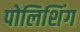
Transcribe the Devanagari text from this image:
पोलिशिंग